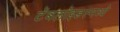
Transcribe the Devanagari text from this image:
टॅबलॉइडस्मध्ये